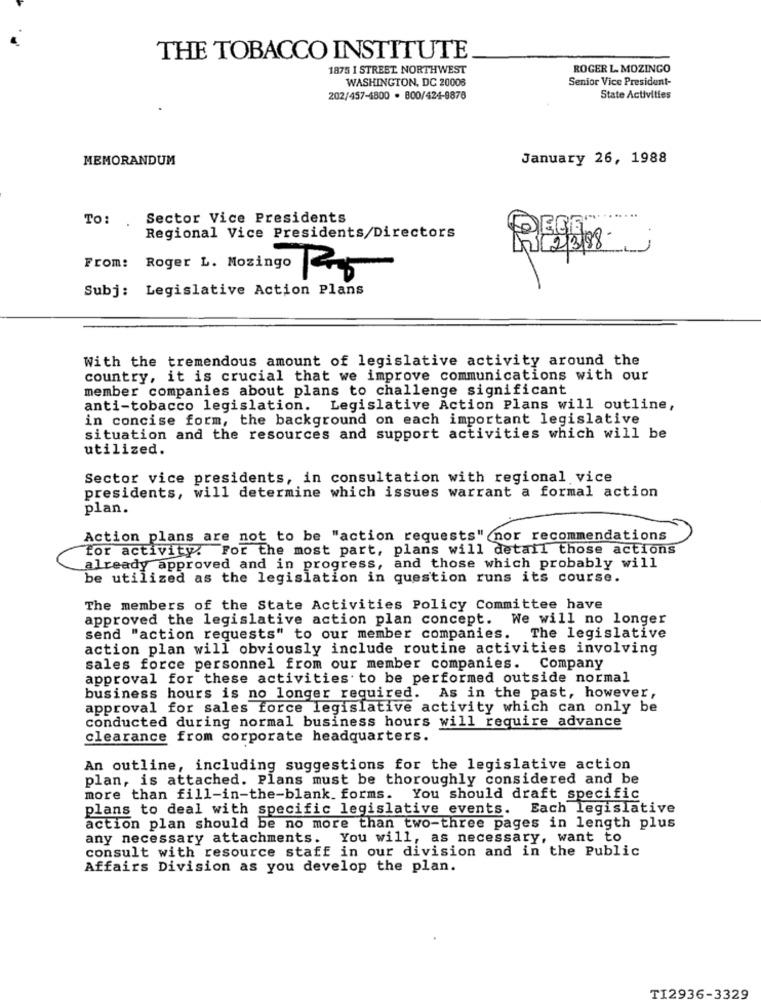
THE TOBACCO INSTITUTE
1875 I STREET NORTHWEST
ROGER L MOZINGO
WASHINGTON, DC 20008
Senior Vice President-
202/457-1800 . 800/424-9878
State Activities
MEMORANDUM
January 26, 1988
To: .
Sector Vice Presidents
Regional Vice Presidents/Directors
From: Roger L. Nozingo 25
Subj: Legislative Action Plans
With the tremendous amount of legislative activity around the
country, it is crucial that we improve communications with our
member companies about plans to challenge significant
anti-tobacco legislation. Legislative Action Plans will outline,
in concise form, the background on each important legislative
situation and the resources and support activities which will be
utilized.
Sector vice presidents, in consultation with regional vice
presidents, will determine which issues warrant a formal action
plan.
Action plans are not to be "action requests" nor recommendations
for activity. For the most part, plans will detail those actions
already approved and in progress, and those which probably will
be utilized as the legislation in question runs its course.
The members of the State Activities Policy Committee have
approved the legislative action plan concept. We will no longer
send "action requests" to our member companies. The legislative
action plan will obviously include routine activities involving
sales force personnel from our member companies. Company
approval for these activities to be performed outside normal
business hours is no longer required. As in the past, however,
approval for sales force legislative activity which can only be
conducted during normal business hours will require advance
clearance from corporate headquarters.
An outline, including suggestions for the legislative action
plan, is attached. Plans must be thoroughly considered and be
more than fill-in-the-blank. forms. You should draft specific
plans to deal with specific legislative events. Each legislative
action plan should be no more than two-three pages in length plus
any necessary attachments. You will, as necessary, want to
consult with resource staff in our division and in the Public
Affairs Division as you develop the plan.
TI2936-3329